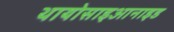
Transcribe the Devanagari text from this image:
थायोसाइआनाइड